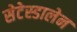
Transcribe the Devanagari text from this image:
सेटेस्डालेन